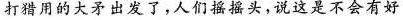
打猎用的大矛出发了，人们摇摇头，说这是不会有好